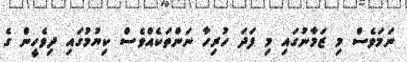
ނަމަވެސް މި ޒަމާނުގައި މި ފަދަ ހުރިހާ ނަންތަކެއްވެސް ކިޔުމުގައި ދިވެހީން ގެ